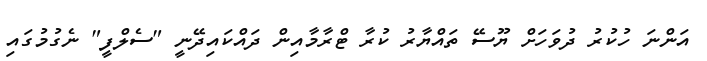
އަންނަ ހުކުރު ދުވަހަށް ޔޫސޭ ތައްޔާރު ކުރާ ޓްރާމާއިން ދައްކައިދޭނީ "ސެލްފީ" ނެގުމުގައި